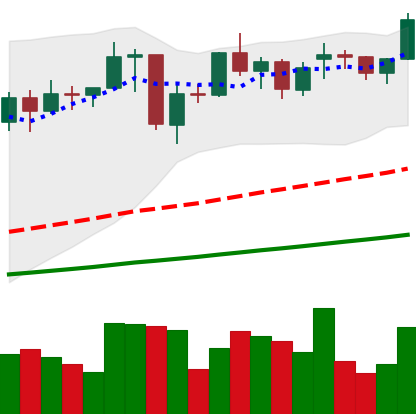
Ticker: ETH-USD
Chart end date: 2021-02-02
Forward return: 6.536%
Label: up_5_7